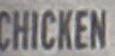
CHICKEN